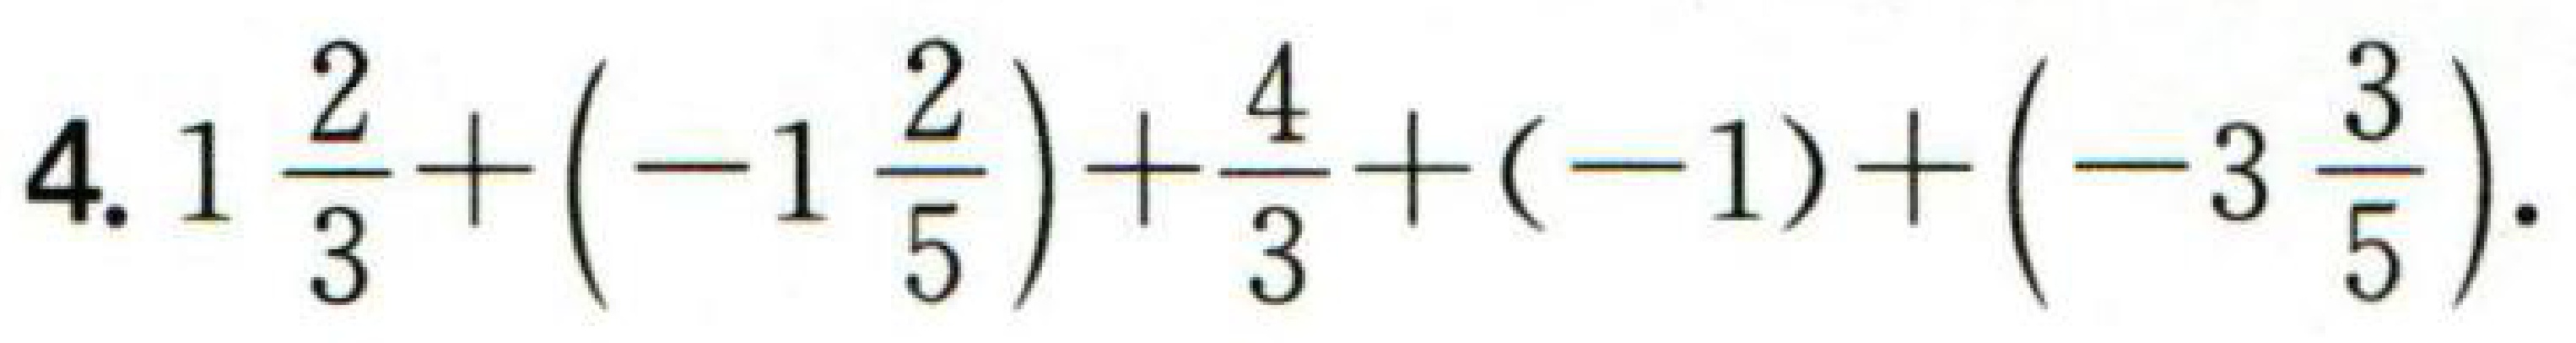
$4.1\frac{2}{3}+(-1\frac{2}{5})+\frac{4}{3}+(-1)+(-3\frac{3}{5}).$